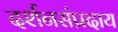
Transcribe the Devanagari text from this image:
दर्शनसंप्रदाय